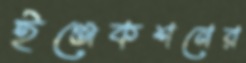
ইঞ্জেকশনের